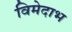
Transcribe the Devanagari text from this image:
विमेदाभ